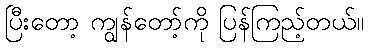
ပြီးတော့ ကျွန်တော့်ကို ပြန်ကြည့်တယ်။